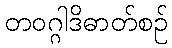
တဝဂ္ဂါဒိဓာတ်စဉ်